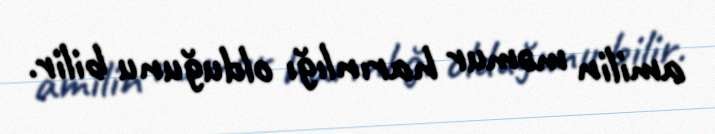
amilin məmur harınlığı olduğunu bilir.